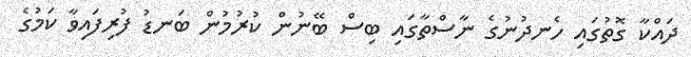
ދައްކާ ގޮތުގައި ހެނދުނުގެ ނާސްތާގައި ބިސް ބޭނުން ކުރުމުން ބަނޑު ފުރިފައިވާ ކަމުގެ